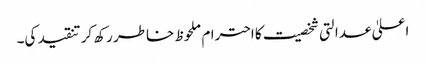
اعلیٰ عدالتی شخصیت کا احترام ملحوظ خاطر رکھ کر تنقید کی۔